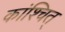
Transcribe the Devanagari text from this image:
कांश्चित्